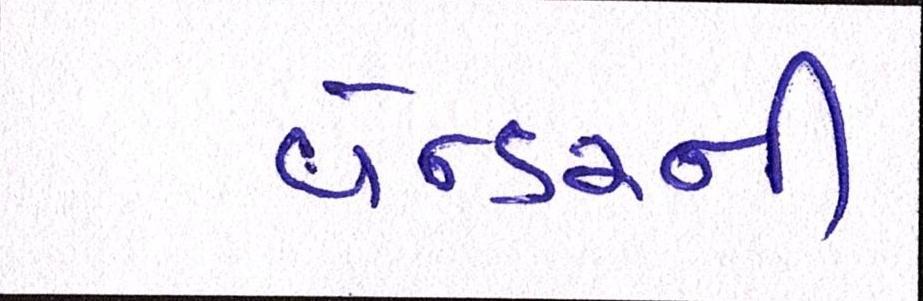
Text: વેન્ડરની